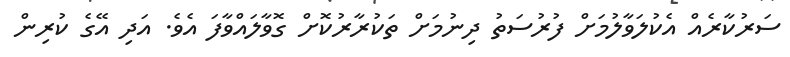
ސަރުކާރެއް އެކުލަވާލުމަށް ފުރުސަތު ދިނުމަށް ތަކުރާރުުކޮށް ގޮވާލައްވާފަ އެވެ. އަދި އޭގެ ކުރިން